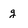
Character: g